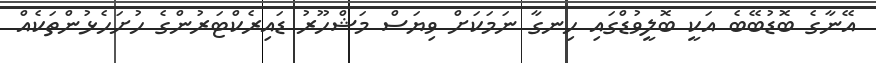
އޭނާގެ ބޮޑުބޭބެ އަކީ ބޮލީވުޑްގައި ހިނގާ ނަމަކަށް ވިޔަސް މަޝްހޫރު ޑައިރެކްޓަރުންގެ ހުށަހެޅުންތަކެއް